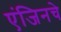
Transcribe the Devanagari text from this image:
एंजिनचे